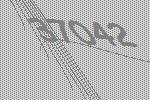
37042